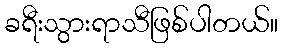
ခရီးသွားရာသီဖြစ်ပါတယ်။